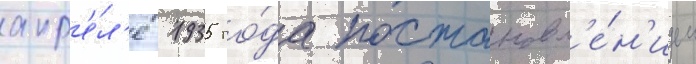
апр'е́л'е 1935 го́да постановл'е́н'ием